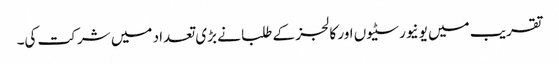
تقریب میں یونیورسٹیوں اور کالجز کے طلبا نے بڑی تعداد میں شرکت کی۔